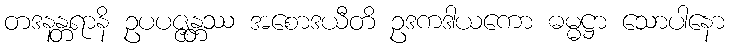
တဒနန္တရာနိ ဥပပဇ္ဇန္တဿ အစောဒယီတိ ဥဒကဒါယကော ဓမ္မဋ္ဌာ သောပါနော